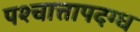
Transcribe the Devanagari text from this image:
पश्चात्तापदग्ध